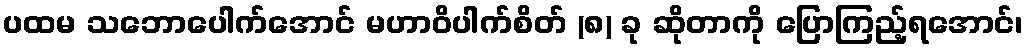
ပထမ သဘောပေါက်အောင် မဟာဝိပါက်စိတ် (၈) ခု ဆိုတာကို ပြောကြည့်ရအောင်၊